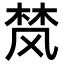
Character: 𮨴